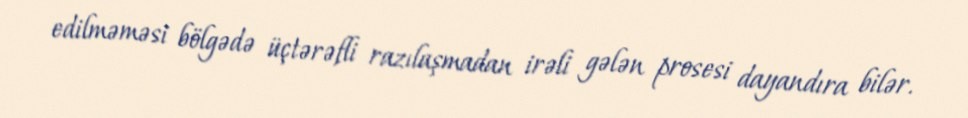
edilməməsi bölgədə üçtərəfli razılaşmadan irəli gələn prosesi dayandıra bilər.